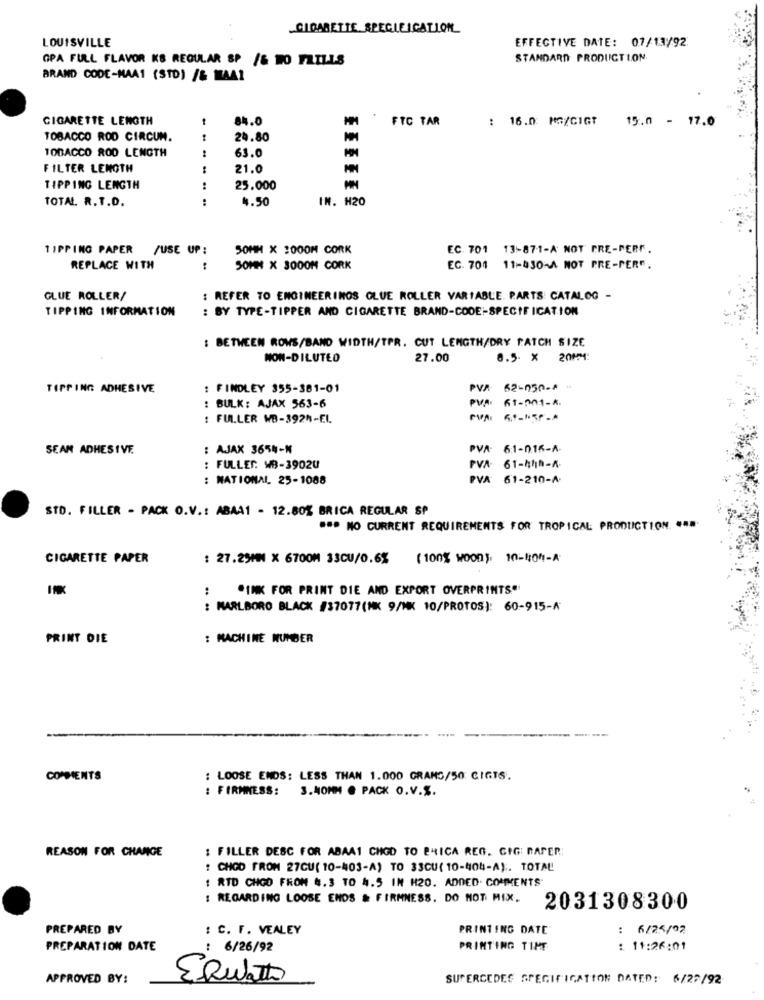
CIGARETTE SPECIFICATION
EFFECTIVE DATE: 07/13/92
LOUISVILLE
GPA FULL FLAVOR KS REGULAR SP /& NO FRILLS
STANDARD PRODUCTION
BRAND CODE-MAA1 (STD) /& MAA1
CIGARETTE LENGTH
-
84.0
FTC TAR
: 16.0 MG/CIGT
15.0 - 17.0
TOBACCO ROD CIRCUN.
24.80
TOBACCO ROD LENGTH
63.0
FILTER LENGTH
21.0
TIPPING LENGTH
:
25.000
TOTAL. R.T.D.
:
4.50
IN. H20
TIPPING PAPER /USE UP:
SOMM X 3000M CORK
EC. 701 13-871-A NOT PRE-PERr.
REPLACE WITH
SOMM X 3000M CORK
EC. 701 11-430-A NOT PRE-PER".
GLUE ROLLER/
: REFER TO ENGINEERINOS GLUE ROLLER VARIABLE. PARTS CATALOG -
TIPPING INFORMATION
: BY TYPE-TIPPER AND CIGARETTE BRAND-CODE-SPECIFICATION
: BETWEEN ROWS/BAND WIDTH/TPR. CUT LENGTH/DRY PATCH SIZE
NON-DILUTED
27.00
8.5. X 20MM
TIPPING ADHESIVE
: FINDLEY 355-381-01
PVA
62-050-4 -
: BULK: AJAX 563-6
PVP GT-m01-R.
: FULLER WB-392%-EL.
SEAM ADHESIVE
: AJAX 3654-M
PVA-
6:1-0.15-A-
: FULLES: WB-39020
PVA
61-45h-A-
: NATIONAL 25-1088
PVA
61-210-A.
STD. FILLER - PACK O.V .: ABAA1 - 12.80% BRICA REGULAR SP
BOD NO CURRENT REQUIREMENTS FOR TROPICAL PRODUCTION. ....
CIGARETTE PAPER
: 27.25MM X 6700M 33CU/0.6% (100% WOOD). 10-40%-A
"INK FOR PRINT DIE AND EXPORT OVERPRINTS"
: MARLBORO BLACK #37077(MK 9/MK 10/PROTOS): 60-915-A
PRINT DIE
: MACHINE NUMBER
COMMENTS
: LOOSE ENDS: LESS THAN 1.000 GRAMS/50 CIGTS.
: FIRMNESS:
3.40MM . PACK O.V.S.
REASON FOR CHANGE
: FILLER DESC FOR ABAAI CHOD TO ERICA REG. GIG: RAPER:
: CHOD FRON 27CU( 10-403-A) TO 33CU( 10-404-A) :. TOTAL
: RID CHOD FROM #.3 TO 4.5 IN H20. ADDED. COMMENTS-
: REGARDING LOOSE ENDS & FIRMNESS. DO NOT MIX.
2031308300
PREPARED BY
: C. F. VEALEY
PRINTING DATE
: 6/25/02
PREPARATION DATE
6/26 /92
PRINTING TIME
: 11:26:01
APPROVED BY:
EQuatto
SUPERCEDES SPECIFICATION DATED: 6/27/92